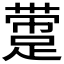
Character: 𰸛